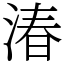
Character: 湷